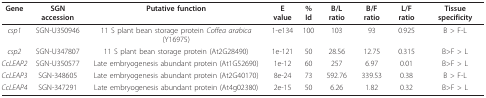
| Gene | SGN accession | Putative function | E value | % Id | B/L ratio | B/F ratio | L/F ratio | Tissue specificity |
 | --- | --- | --- | --- | --- | --- | --- | --- | --- |
 | csp1 | SGN-U350946 | 11 S plant bean storage protein Coffea arabica (Y16975) | 1-e134 | 100 | 103 | 93 | 0.925 | B > F-L |
 | csp2 | SGN-U347807 | 11 S plant bean storage protein (At2G28490) | 1e-121 | 50 | 28.56 | 12.75 | 0.315 | B>F > L |
 | CcLEAP2 | SGN-U350577 | Late embryogenesis abundant protein (At1G52690) | 1e-12 | 60 | 257 | 6.97 | 0.01 | B>F > L |
 | CcLEAP3 | SGN-348605 | Late embryogenesis abundant protein (At2G40170) | 8e-24 | 73 | 592.76 | 339.53 | 0.38 | B > F-L |
 | CcLEAP4 | SGN-347291 | Late embryogenesis abundant protein (At4g02380) | 2e-15 | 50 | 6.26 | 1.82 | 0.32 | B>F > L |